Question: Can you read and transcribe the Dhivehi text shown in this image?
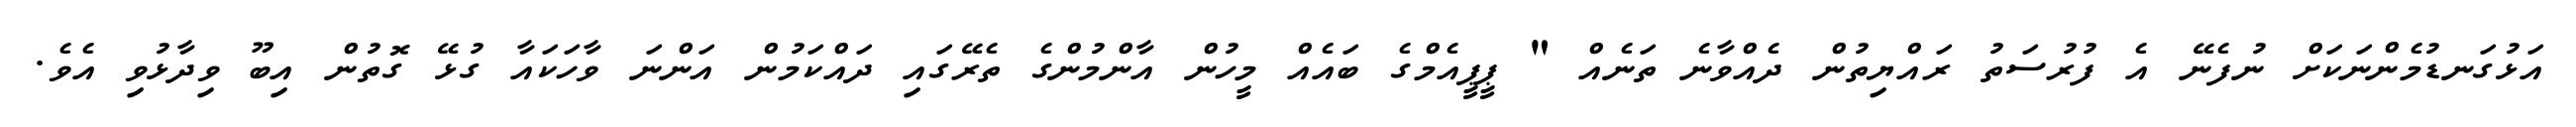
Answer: އަޅުގަނޑުމެންނަކަށް ނުފެނޭ އެ ފުރުސަތު ރައްޔިތުން ދެއްވާނެ ތަނެއް " ޕީޕީއެމްގެ ބައެއް މީހުން އާންމުންގެ ތެރޭގައި ދައްކަމުން އަންނަ ވާހަކައާ ގުޅޭ ގޮތުން އިބޫ ވިދާޅުވި އެވެ.